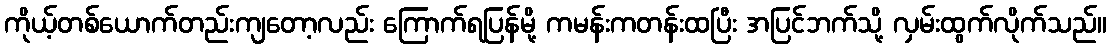
ကိုယ့်တစ်ယောက်တည်းကျတော့လည်း ကြောက်ရပြန်မို့ ကမန်းကတန်းထပြီး အပြင်ဘက်သို့ လှမ်းထွက်လိုက်သည်။